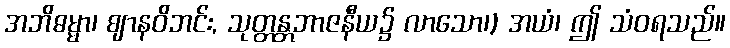
အဘိဓမ္မာ၊ ဈာနဝိဘင်း, သုတ္တန္တဘာဇနီယ၌ လာသော၊) အယံ၊ ဤ သံဝရသည်။